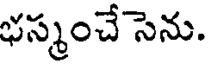
భస్మంచే సెను.